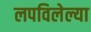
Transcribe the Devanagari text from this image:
लपविलेल्या